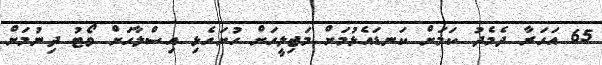
65 އަހަރާ ދެމެދު ކަމަށް ކަނޑައެޅުމަށް މަޖިލީހަށް ހުށަހެޅި އިސްލާހަށް ވޯޓު ދިނުމަށް